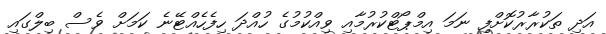
އަދި ތަކުރާރުކޮށްފި ނަމަ އިމްޕޯޓްކުރުމާއި ވިއްކުމުގެ ހުއްދަ ހިފެހެއްޓޭނެ ކަމަށް ވެސް ބިލްގައި